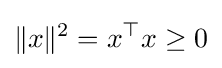
\|x\|^{2}=x^{\top }x\geq 0